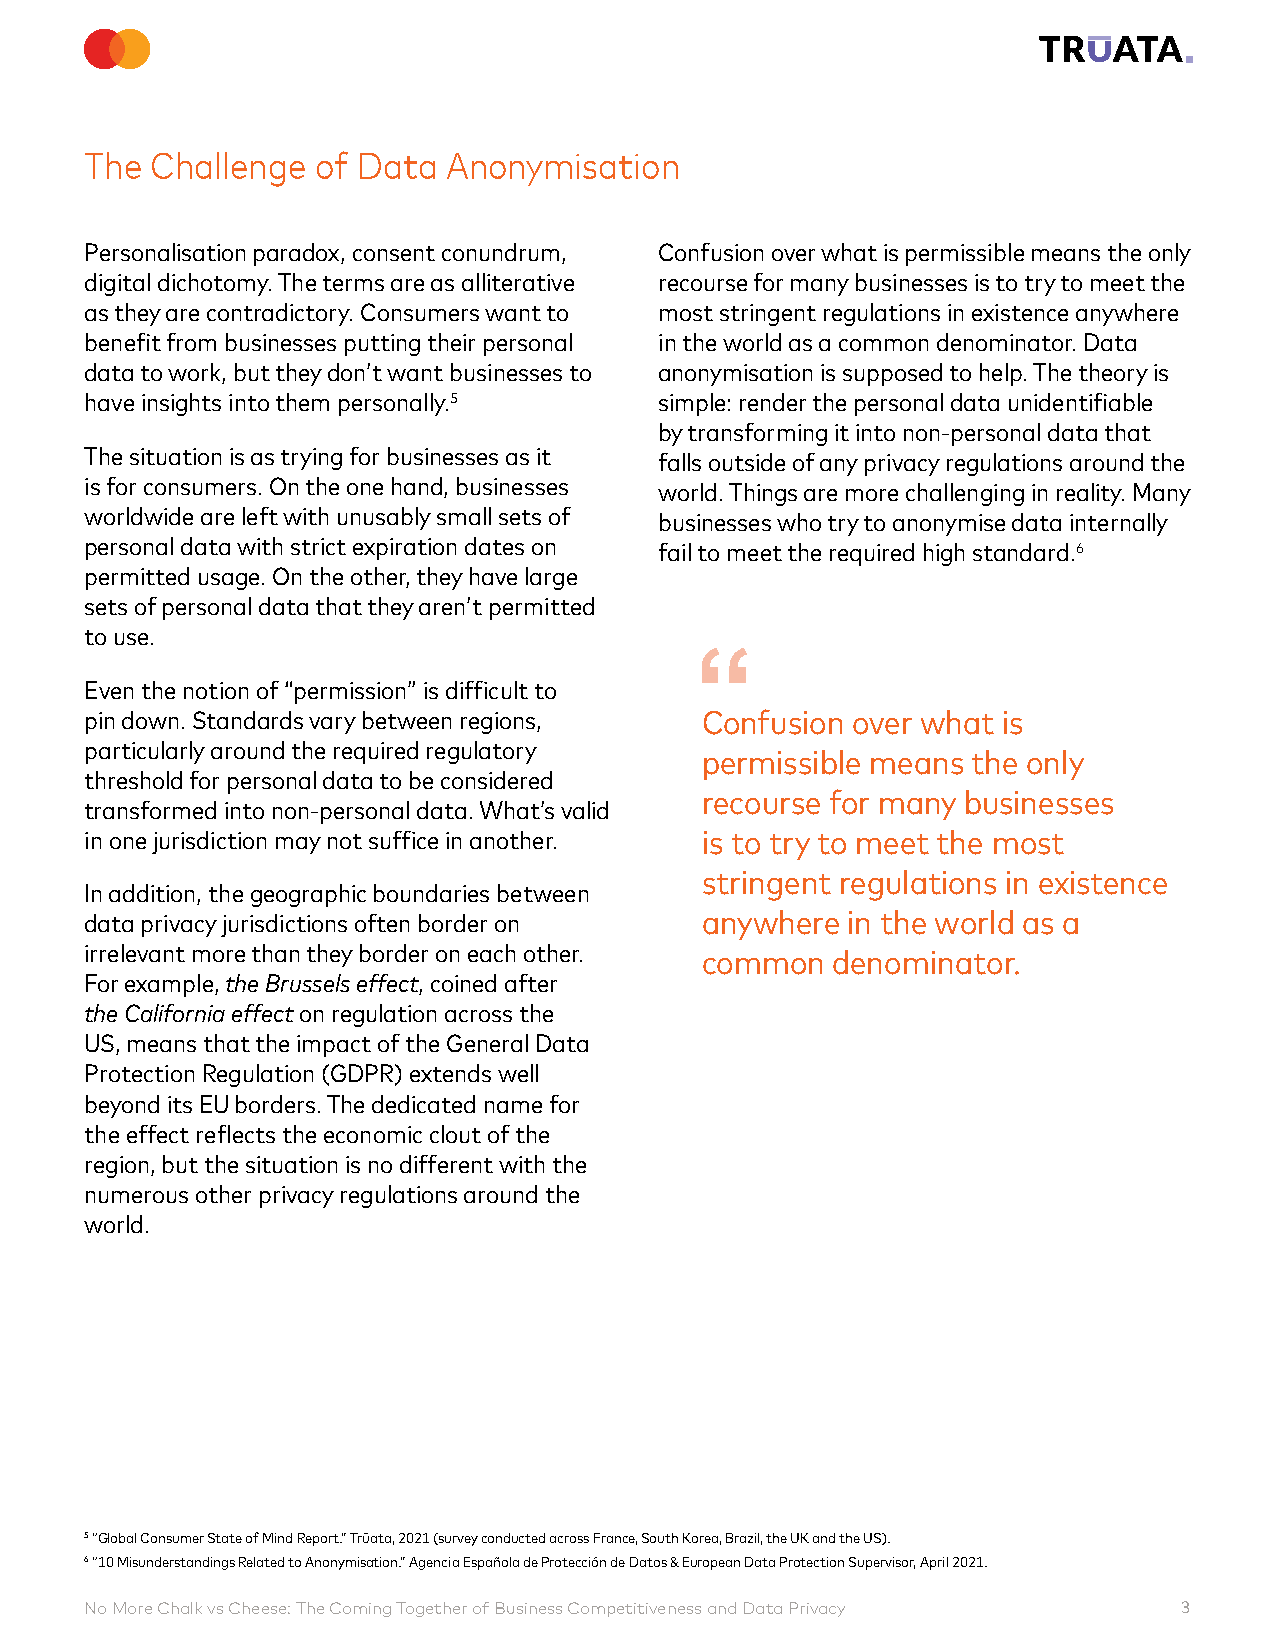
The Challenge  of Data  Anonymisation
 Personalisation paradox, consent conundrum, Confusion over what is permissible means the only
 digital dichotomy. The terms are as alliterative recourse for many businesses is to try to meet the
 as they are contradictory. Consumers want to most stringent regulations in existence anywhere
 benefit from businesses putting their personal in the world as a common denominator. Data
 data to work, but they don’t want businesses to anonymisation is supposed to help. The theory is
 have insights into them personally.5  simple: render the personal data unidentifiable
 by transforming it into non-personal data that
 The situation is as trying for businesses as it
 falls outside of any privacy regulations around the
 is for consumers. On the one hand, businesses
 world. Things are more challenging in reality. Many
 worldwide are left with unusably small sets of
 businesses who try to anonymise data internally
 personal data with strict expiration dates on fail to meet the required high standard.6
 permitted usage. On the other, they have large
 sets of personal data that they aren’t permitted
 to use.
 Even the notion of “permission” is difficult to
 pin down. Standards vary between regions, Confusion over what is
 particularly around the required regulatory
 permissible means the only
 threshold for personal data to be considered
 recourse for many businesses
 transformed into non-personal data. What’s valid
 in one jurisdiction may not suffice in another. is to try to meet the most
 stringent regulations in existence
 In addition, the geographic boundaries between
 data privacy jurisdictions often border on anywhere in the world as a
 irrelevant more than they border on each other. common denominator.
 For example, the Brussels effect, coined after
 the California effect on regulation across the
 US, means that the impact of the General Data
 Protection Regulation (GDPR) extends well
 beyond its EU borders. The dedicated name for
 the effect reflects the economic clout of the
 region, but the situation is no different with the
 numerous other privacy regulations around the
 world.
 5 “Global Consumer State of Mind Report.” Trūata, 2021 (survey conducted across France, South Korea, Brazil, the UK and the US).
 6 “10 Misunderstandings Related to Anonymisation.” Agencia Española de Protección de Datos & European Data Protection Supervisor, April 2021.
 No More Chalk vs Cheese: The Coming Together of Business Competitiveness and Data Privacy 3